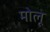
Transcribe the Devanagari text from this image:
मोलू